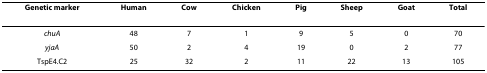
<table><thead><tr><td><b>Genetic marker</b></td><td><b>Human</b></td><td><b>Cow</b></td><td><b>Chicken</b></td><td><b>Pig</b></td><td><b>Sheep</b></td><td><b>Goat</b></td><td><b>Total</b></td></tr></thead><tbody><tr><td><i>chuA</i></td><td>48</td><td>7</td><td>1</td><td>9</td><td>5</td><td>0</td><td>70</td></tr><tr><td><i>yjaA</i></td><td>50</td><td>2</td><td>4</td><td>19</td><td>0</td><td>2</td><td>77</td></tr><tr><td>TspE4.C2</td><td>25</td><td>32</td><td>2</td><td>11</td><td>22</td><td>13</td><td>105</td></tr></tbody></table>